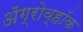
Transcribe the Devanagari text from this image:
अॅग्रोव्हॉक